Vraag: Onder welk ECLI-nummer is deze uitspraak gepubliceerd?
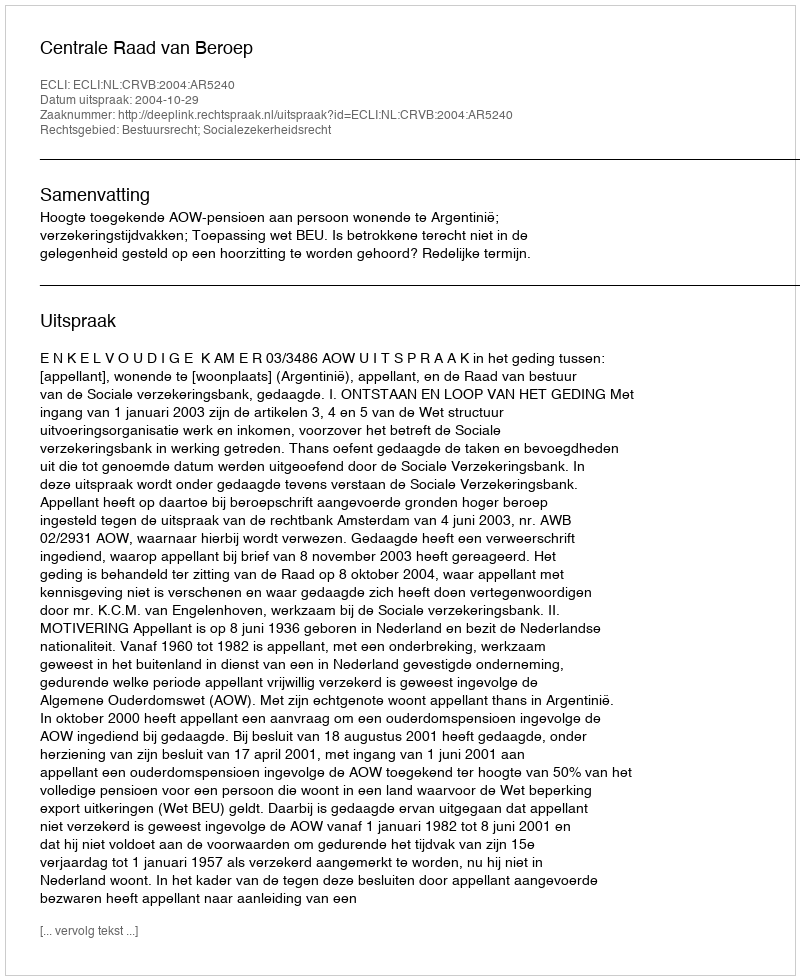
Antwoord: ECLI:NL:CRVB:2004:AR5240